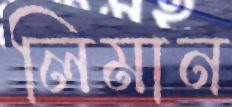
লিমান